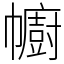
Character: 幮